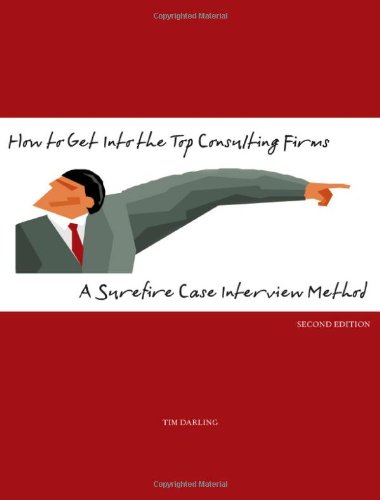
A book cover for How to Get Into the Top Consulting Firms: A Surefire Case Interview Method - 2nd Edition; T. Darling; Business & Money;